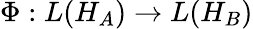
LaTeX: \Phi:L(H_{A})\rightarrow L(H_{B})